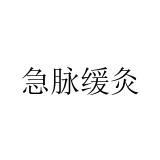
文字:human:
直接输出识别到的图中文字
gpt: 急脉缓灸